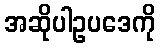
အဆိုပါဥပဒေကို